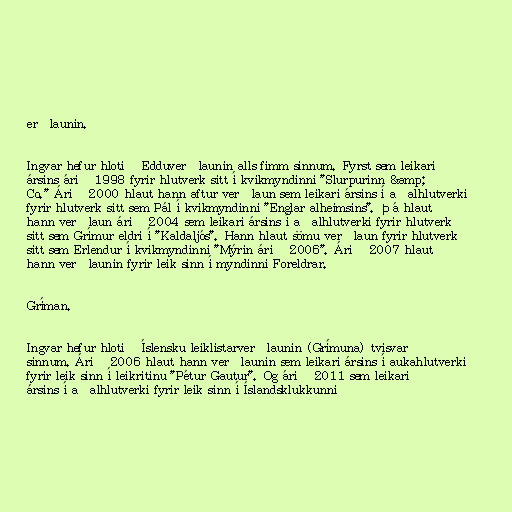
erðlaunin.

Ingvar hefur hlotið Edduverðlaunin alls fimm sinnum. Fyrst sem leikari
ársins árið 1998 fyrir hlutverk sitt í kvikmyndinni "Slurpurinn &amp;
Co." Árið 2000 hlaut hann aftur verðlaun sem leikari ársins í aðalhlutverki
fyrir hlutverk sitt sem Pál í kvikmyndinni "Englar alheimsins". Þá hlaut
hann verðlaun árið 2004 sem leikari ársins í aðalhlutverki fyrir hlutverk
sitt sem Grímur eldri í "Kaldaljós". Hann hlaut sömu verðlaun fyrir hlutverk
sitt sem Erlendur í kvikmyndinni "Mýrin árið 2006". Árið 2007 hlaut
hann verðlaunin fyrir leik sinn í myndinni Foreldrar.

Gríman.

Ingvar hefur hlotið Íslensku leiklistarverðlaunin (Grímuna) tvisvar
sinnum. Árið 2006 hlaut hann verðlaunin sem leikari ársins í aukahlutverki
fyrir leik sinn í leikritinu "Pétur Gautur". Og árið 2011 sem leikari
ársins í aðalhlutverki fyrir leik sinn í Íslandsklukkunni